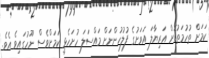
ކަމަށް ތުހުމަތުކޮށް އަރިޔާލަ އަވަށުގެ ފުލުހުންނަށް މައްސަލަ ހުށަހެޅީ ކަމަށްވެސް ނޫހުގައިވެ އެވެ.